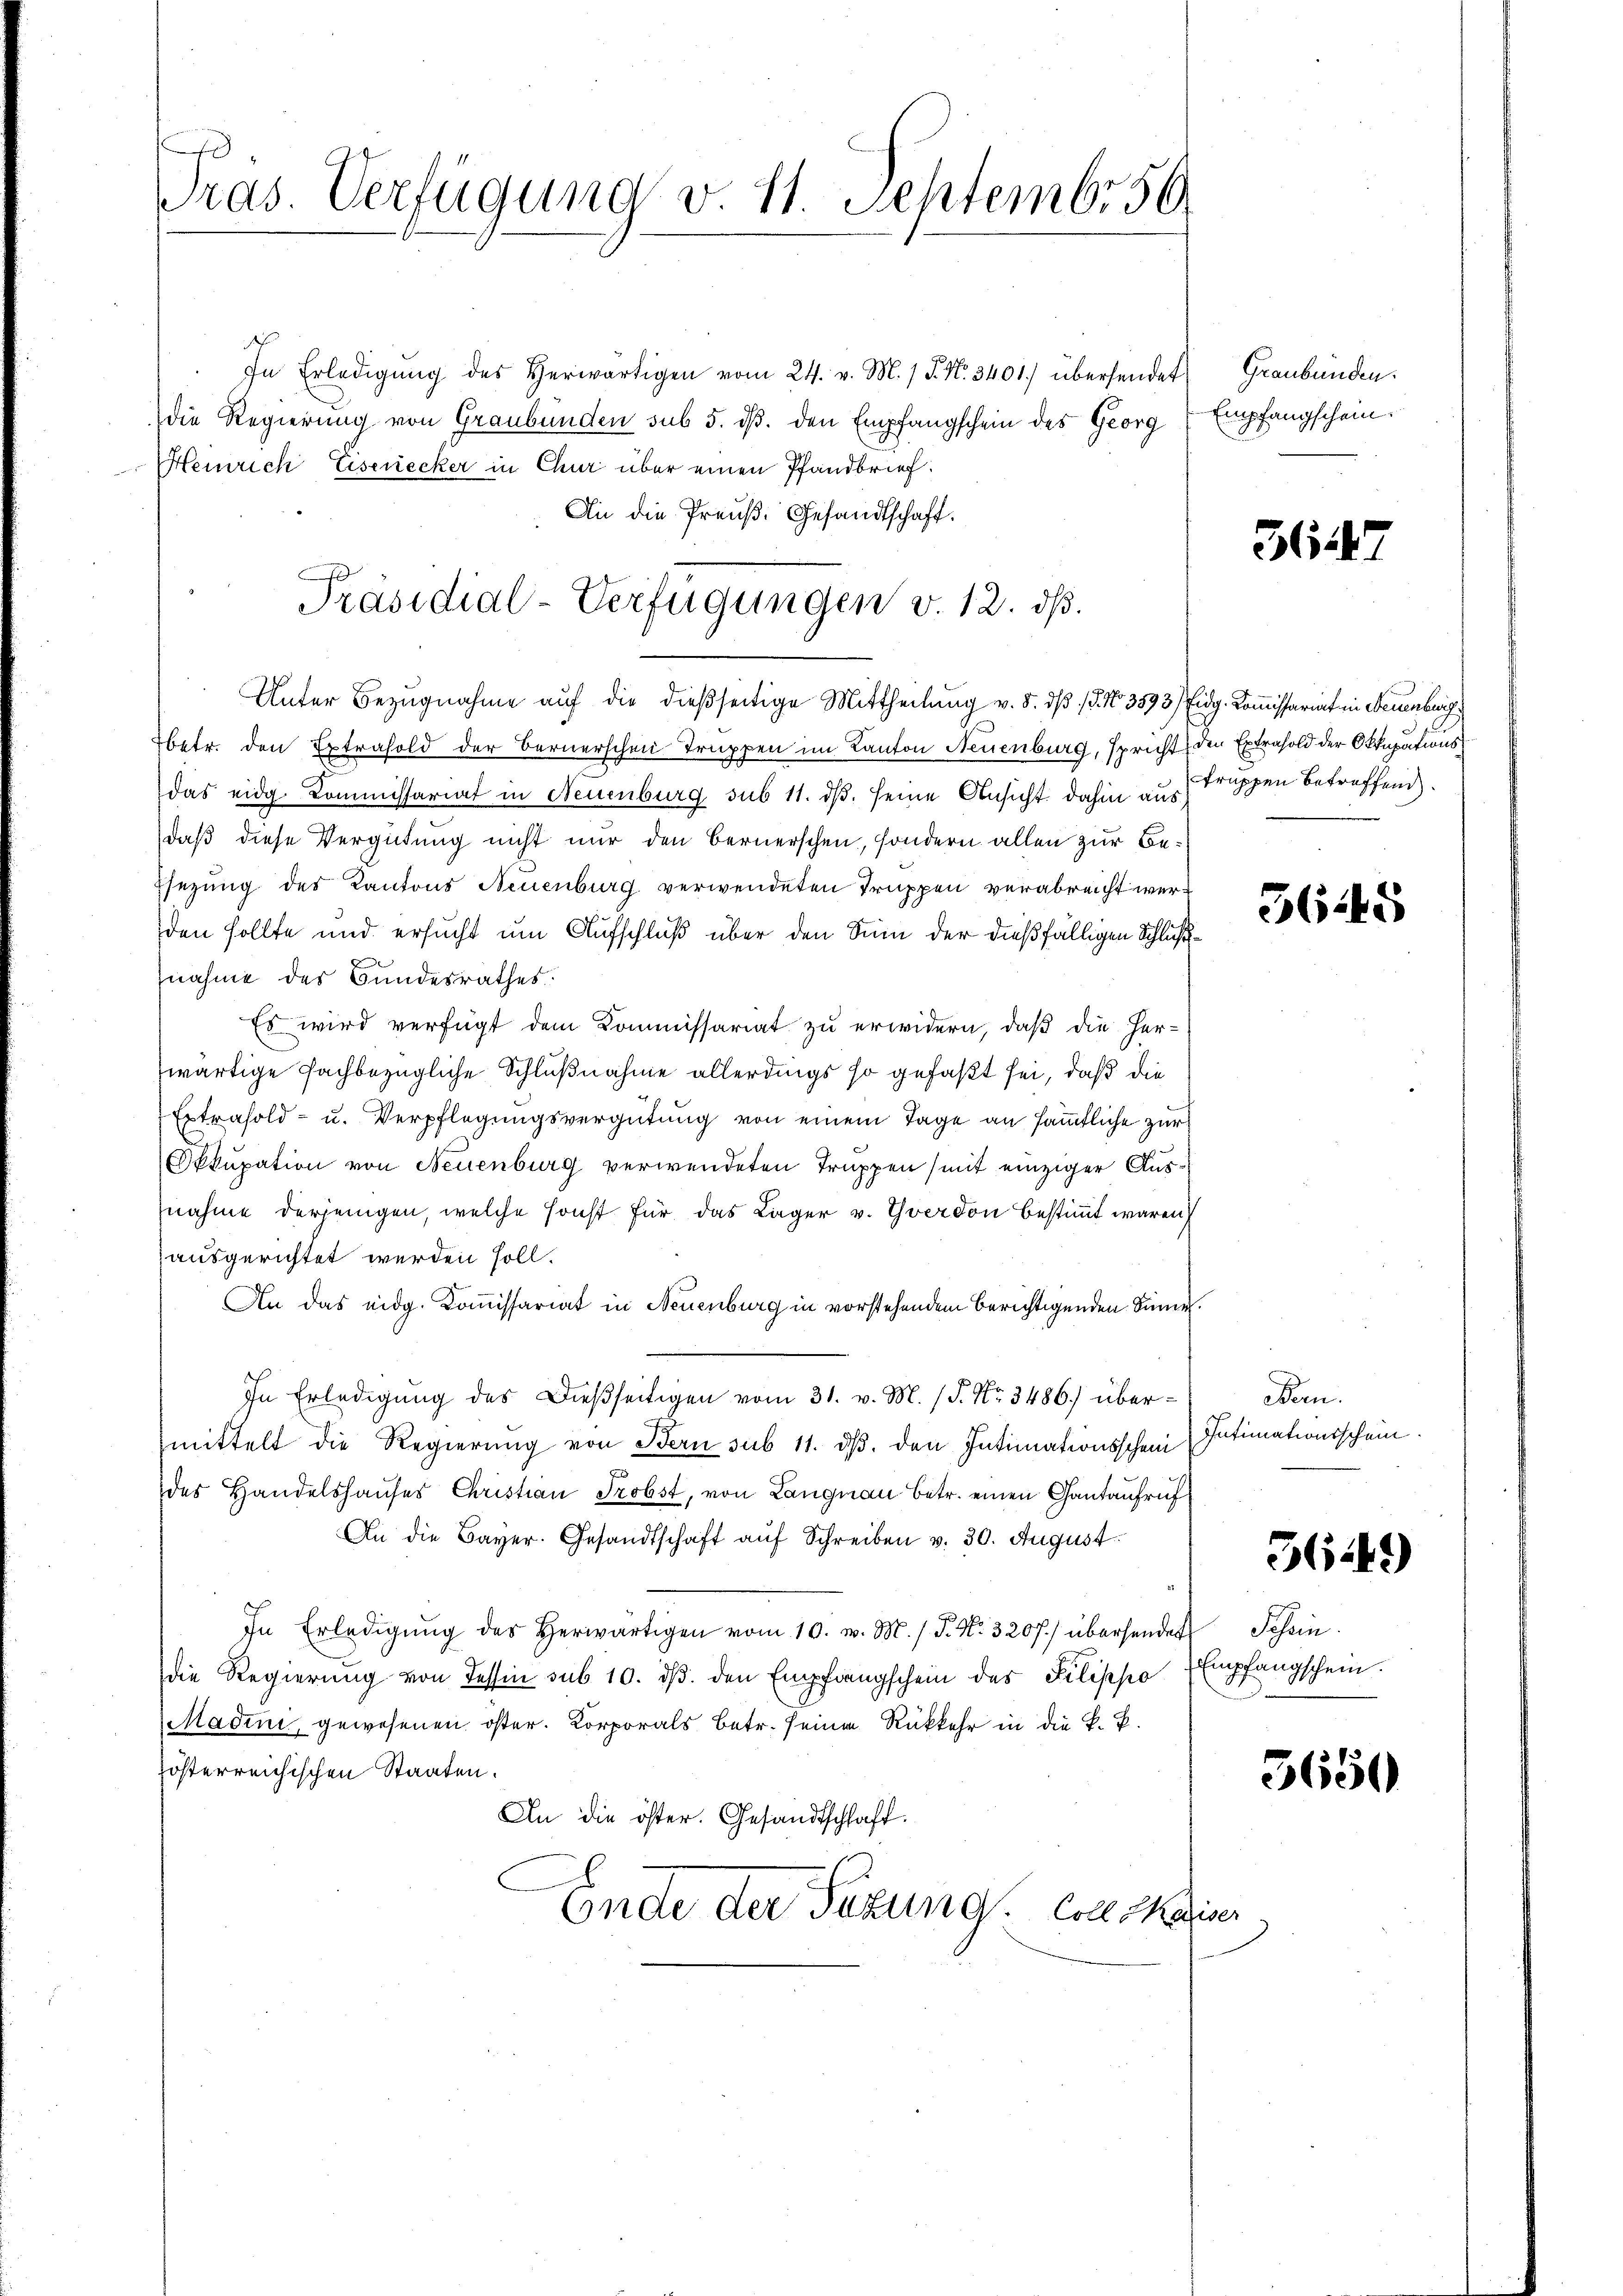
Pras. Verfügung v. 11. Septembr 50.

In Erledigŭng des Herwärtigen vom 24. v. M. / 5. No. 3401) übersendet
Die Regierung von Graubünden sub 5. dβ. den Empfangschein des Georg
Heinrich Eisenecker in Chur über einen Pfandbrief.
An die Preuß. Gesandtschaft.
Präsidial-Verfügungen v. 12. ds.

betr. den Extrahold der Bernerschen Truppen im Kanton Neuenburg, spricht den Extrahold der Okkupationsdas eidg. Kommissariat in Neuenburg sub 11. ds. seine Ansicht dahin aus Truppen betreffend
daß diese Vergütung nicht nur den Bernerschen, sondern allen zur Be¬
Esezung des Kantons Neuenburg verwendeten Truppen verabreicht werden sollte und ersucht um Aufschluß über den Sinn der dießfälligen Schlußnahme des Bundesrathes:
Es wird verfügt dem Kommissariat zu erwidern, daß die Herwärtige fachbezügliche Schlußnahme allerdings so gefaßt sei, daß die
Extrasold- u. Verpflegungsvergütung von einem Tage an sämmtliche zur
Okkupation von Neuenburg verwendeten Truppen (mit einziger Ausnahme derjenigen, welche sonst für das Lager v. Yverdon bestimmt waren
ausgerichtet werden soll.
An das eidg. Kommissariat in Neuenburg in vorstehendem Berichtigenden Sinne.
In Erledigŭng des Dießseitigen vom 31. v. M. (S. Nr. 3486) über- Bern.
mittelt die Regierung von Bern sub 11. ds. den Intimationsschein
des Handelshauses Christian Probst, von Langnau betr. einen Gantaufruf
An die Bayer. Gesandtschaft aŭf Schreiben v. 30. August
In Erledigŭng des Herwärtigen vom 10. v. M. / P. Nr. 320 f.) überhander Schein
die Regierung von Tessin sub 10. dβ. den Empfangschein des Pilippo
Madini, gewesenen öster. Korporals Betr. seine Rückkehr in die k. k.
zösterreichischen Staaten.
An die öster. Gesandtschaft.
Ende der Sitzung. Es kaise

Unter Bezŭgnahme auf die dießseitige Mittheilung v. 5. dβ /5. No. 3593) Eidg. Kommissariat in Neuenburg

Graubünden.
Empfangschein.

364.

5645

Intimationsschein.

36449

Empfangschein.

3650